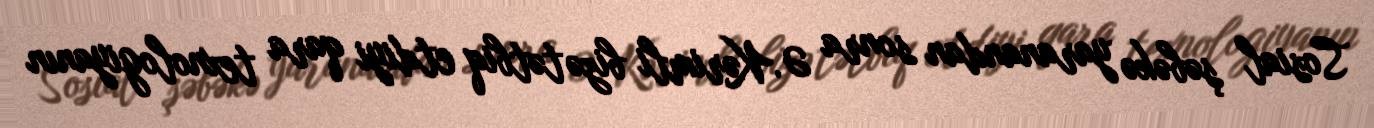
Sosial şəbəkə yaranandan sonra Ə.Kərimli bizə tətbiq etdiyi qara texnologiyanın